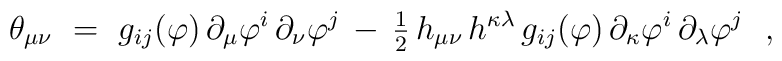
\theta_{\mu\nu}~=~g_{ij}(\varphi) \, \partial_\mu \varphi^i \,                                      \partial_\nu \varphi^j \,                   - \, {\textstyle{1\over 2}} \,                        h_{\mu\nu} \, h^{\kappa\lambda} \,                        g_{ij}(\varphi) \, \partial_\kappa \varphi^i \,                                           \partial_\lambda \varphi^j~~,